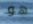
هو